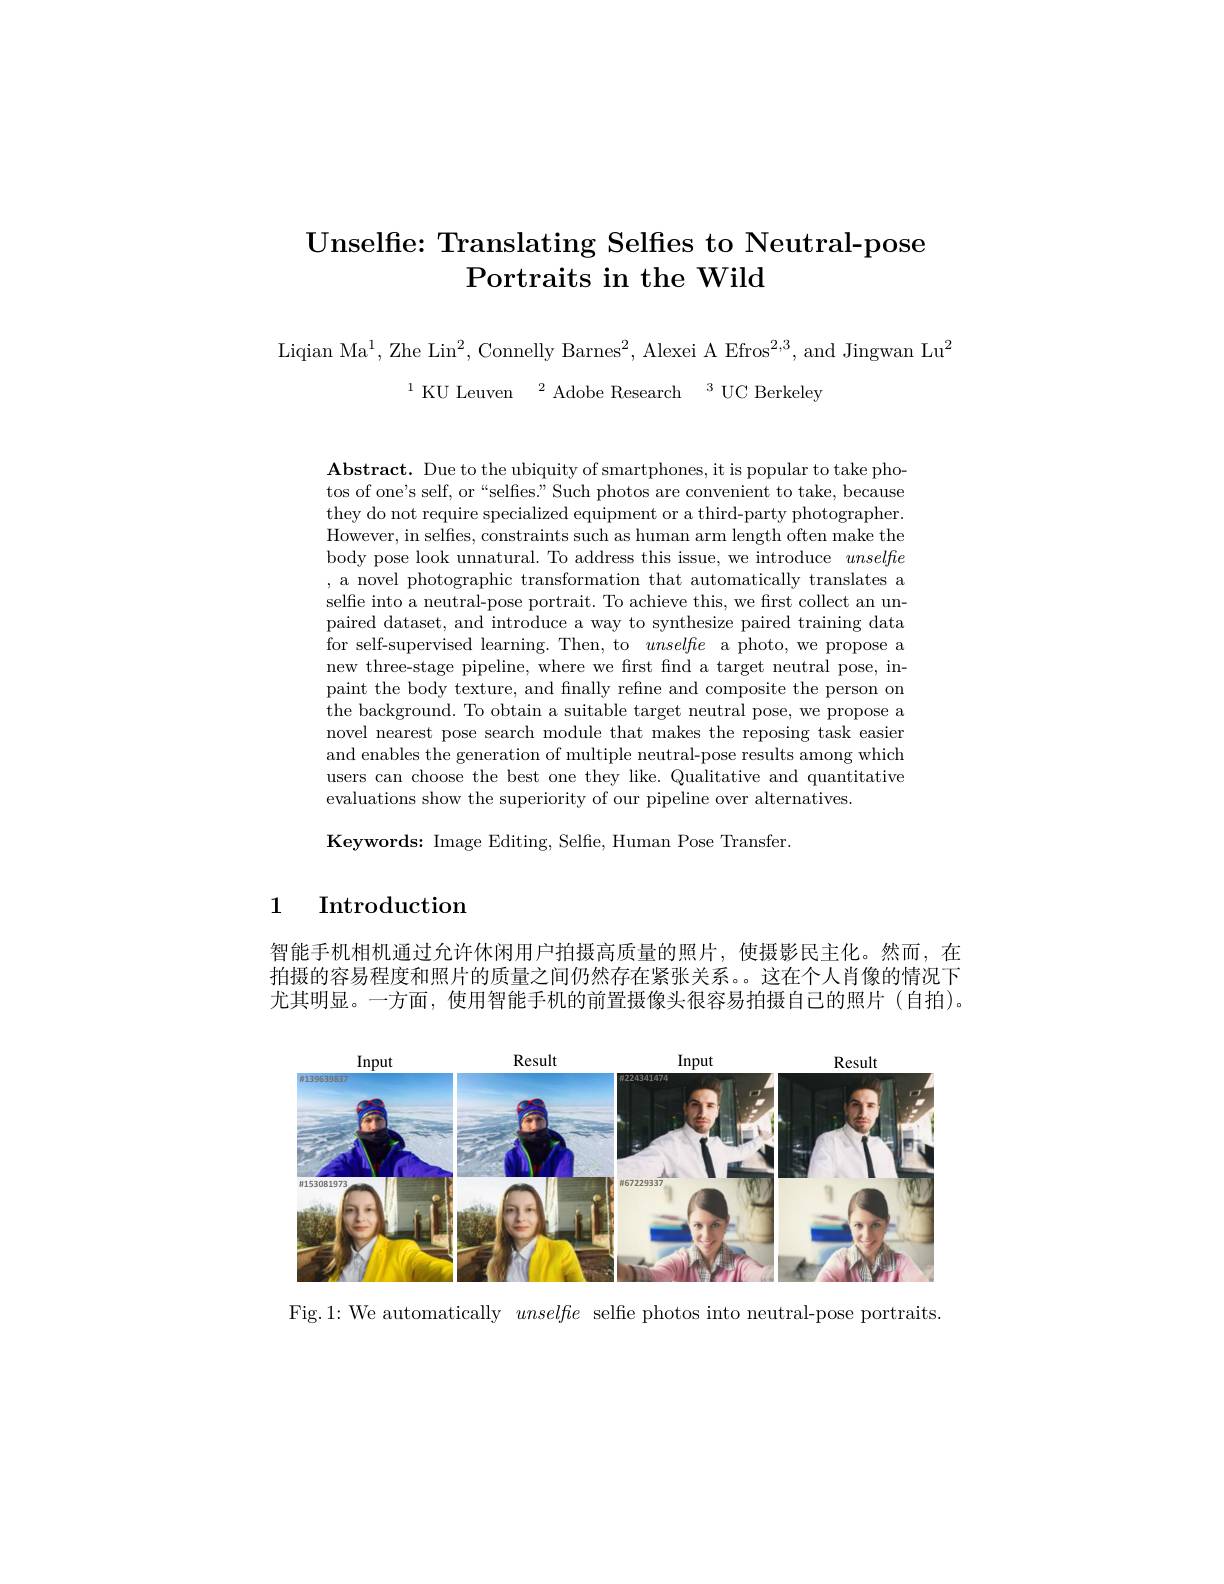
# Unselfe: Translating Selfes to Neutral- pose $\textbf{Portraits in the Wild}$

Liqian Ma$^1$,Zhe Lin$^2$, Connelly Barnes$^2$, Alexei A Efros$^2,3$, and Jingwan Lu$^2$
$^{1}$KU Leuven$^2$Adobe Research$^3$UC Berkeley

$\mathbf{Abstract.~Due~to~the~ubiquity~of~smartphones,~it~is~popular~to~take~pho-}$ tos of one's self, or“selfies.”Such photos are convenient to take, because they do not require specialized equipment or a third-party photographer. However, in selfies, constraints such as human arm length often make the body pose look unnatural. To address this issue, we introduce unselfe , a novel photographic transformation that automatically translates a selfie into a neutral-pose portrait. To achieve this, we first collect an unpaired dataset, and introduce a way to synthesize paired training data for self-supervised learning. Then, to unselfe a photo, we propose a new three-stage pipeline, where we first find a target neutral pose, inpaint the body texture, and fnally refne and composite the person on the background. To obtain a suitable target neutral pose, we propose a novel nearest pose search module that makes the reposing task easier and enables the generation of multiple neutral-pose results among which users can choose the best one they like. Qualitative and quantitative evaluations show the superiority of our pipeline over alternatives
Keywords: Image Editing, Selfe, Human Pose Transfer.

## 1 Introduction

智能手机相机通过允许休闲用户拍摄高质量的照片，使摄影民主化。然而，在拍摄的容易程度和照片的质量之间仍然存在紧张关系。这在个人肖像的情况下尤其明显。一方面，使用智能手机的前置摄像头很容易拍摄自己的照片(自拍)。

<FigureHere>

Fig.1: We automatically unselfe selfe photos into neutral-pose portraits